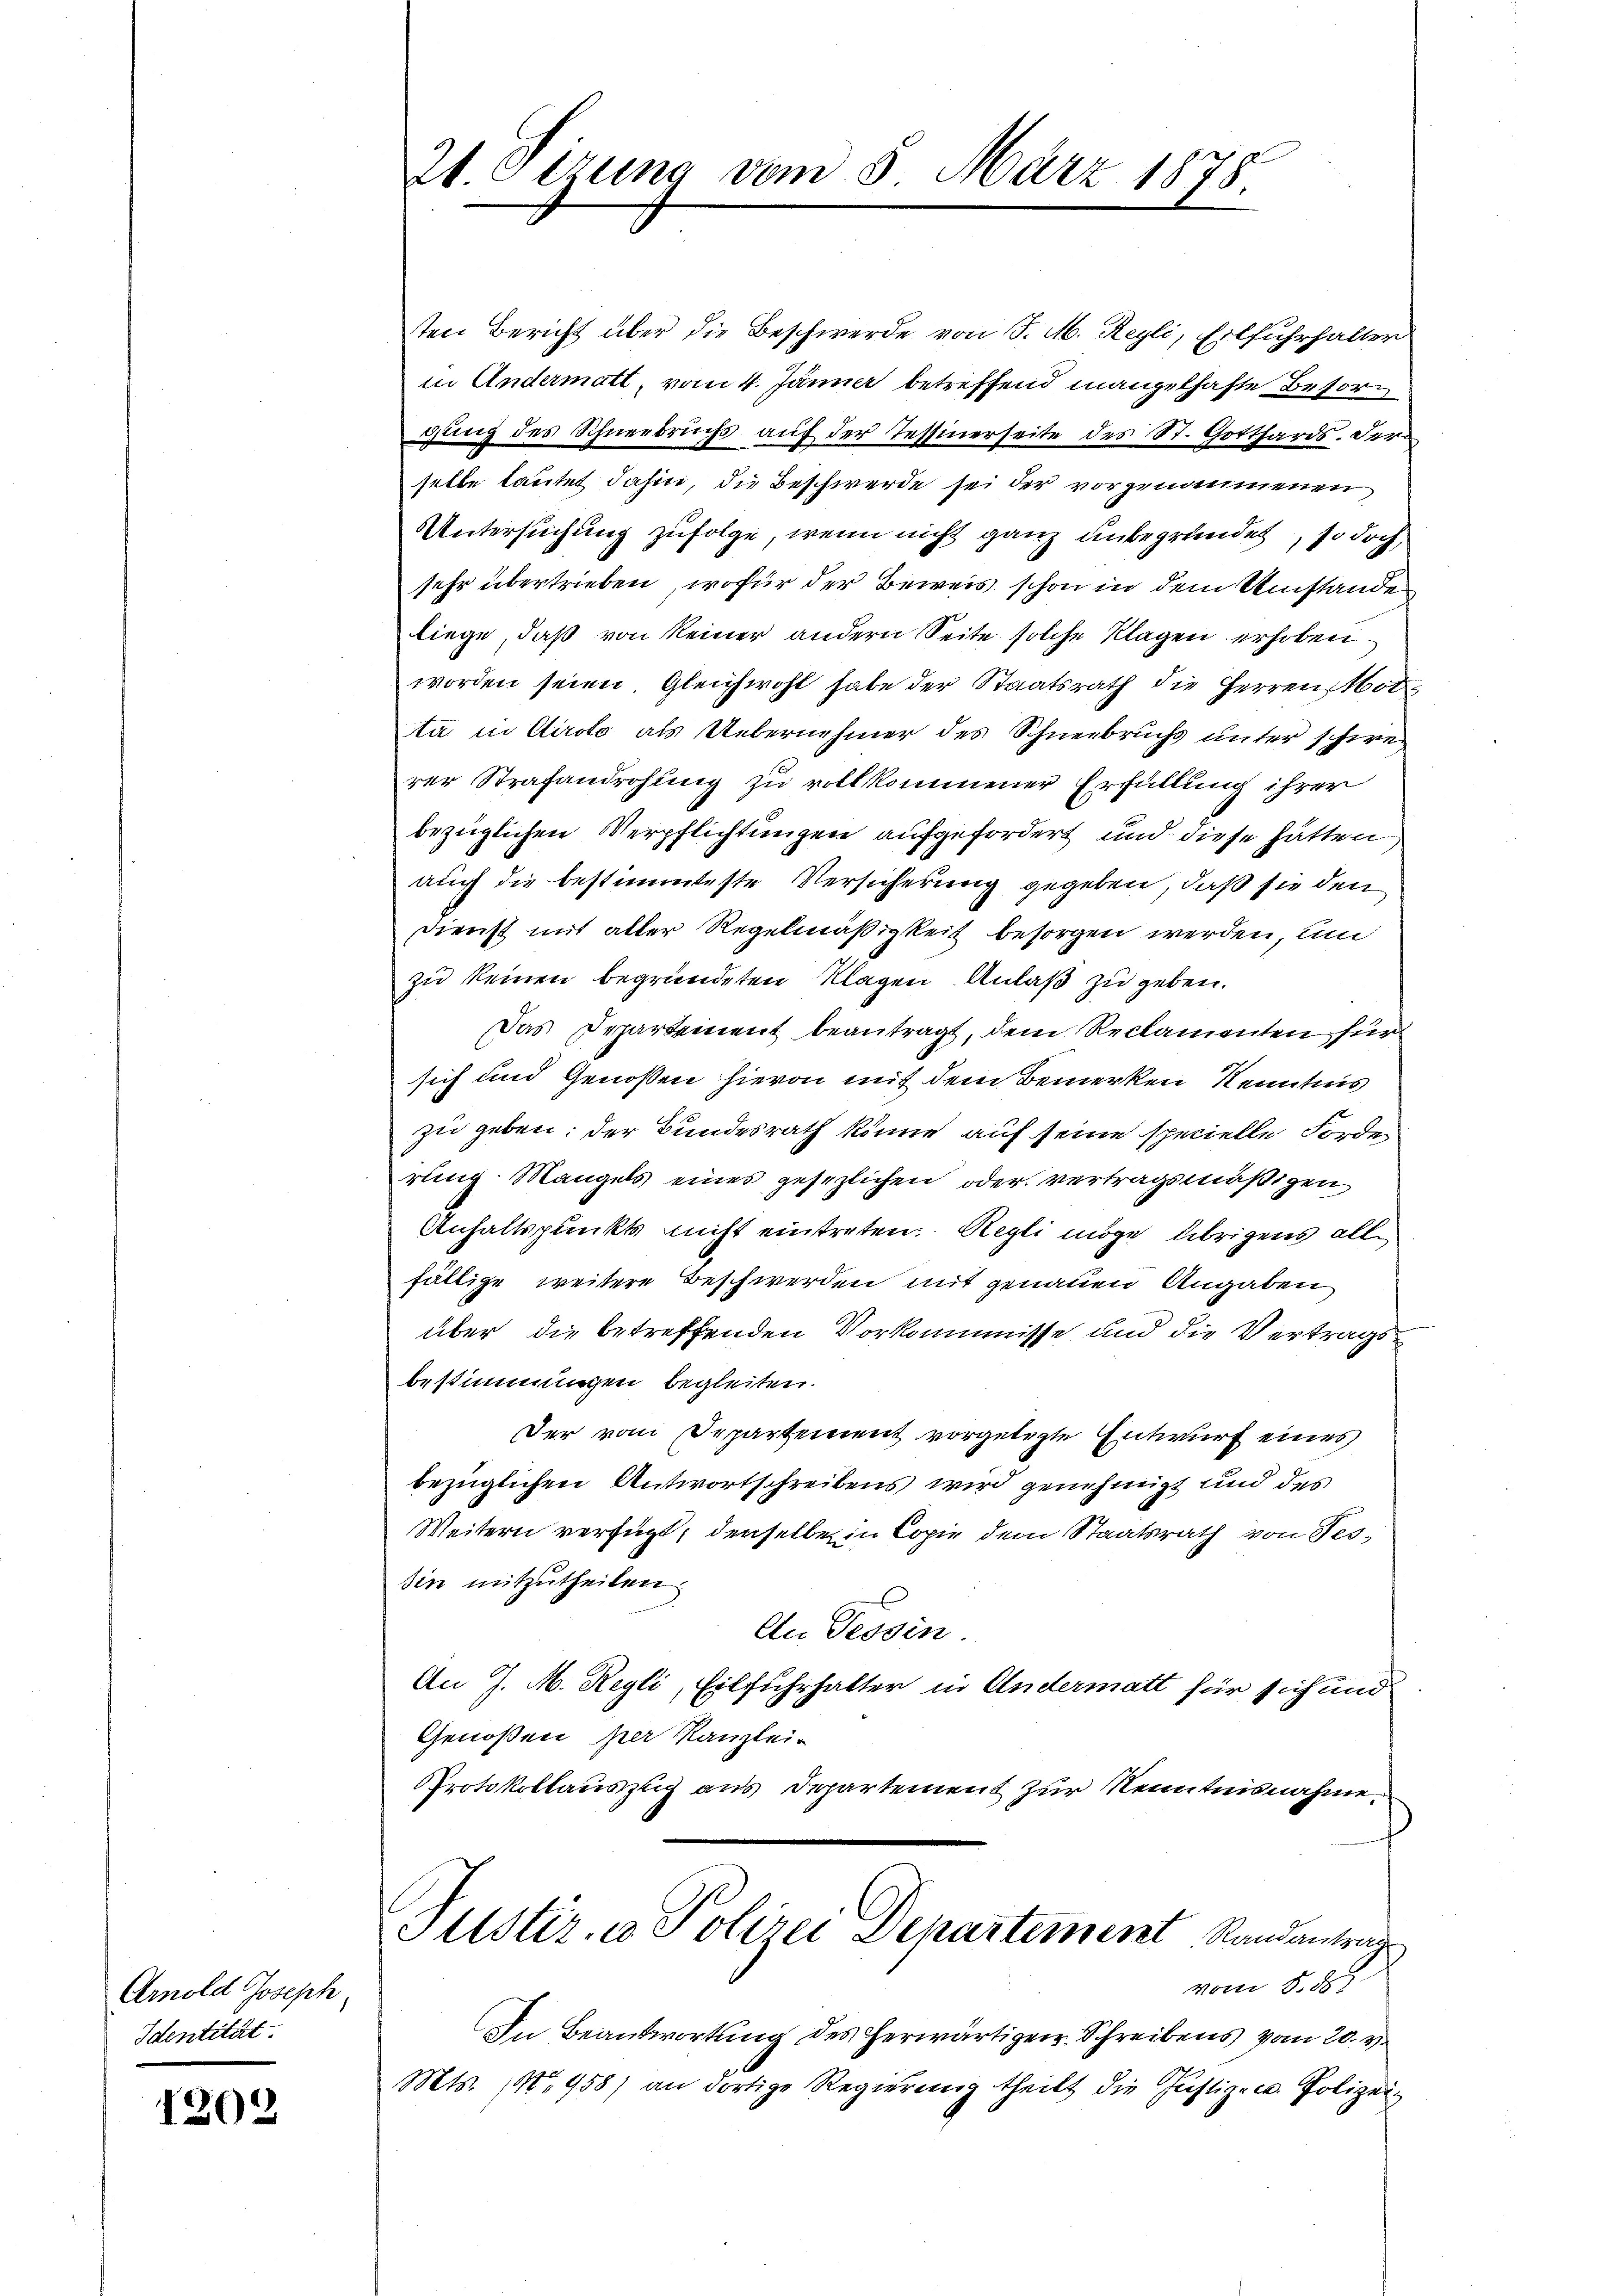
Arnold Joseph,
Identität.

1202

21. Etzung vom 8. März 1888

sten Bericht über die Beschwerde von J. M. Regli, Eilfuhrhalter
in Andermatt, vom 4. Jänner betreffend mangelhafte Besorgung des Schneebruchs auf der Tessinerseite des St. Gotthards. Der
selbe lautet dahin, die Beschwerde sei der vorgenommenen
Untersuchung zufolge, wenn nicht ganz unbegründet, so doch,
sehr übertrieben, wofür der Beweis, schon in dem Umstände
liege, daß von keiner andern Seite solche Klagen erhoben
worden seien. Gleichwohl habe der Staatsrath die Herren Not
ta in Airolo als Uebernehmer des Schneebruchs unter schwerer Strafandrohung zu vollkommener Erfüllung ihrer
bezüglichen Verpflichtungen aufgefordert und diese hätten
auch die bestimmteste Versicherung gegeben, daß sie den
Dienst mit aller Regelmäßigkeit besorgen werden, un
zu keinen begründeten Klagen Anlaß zu geben.
Das Departement beantragt, dem Reclamenten für
sich und Genossen hievon mit dem Bemerken Kenntnis
zu geben; der Bundesrath könne auf seine specielle Forde
rung. Mangels eines gesezlichen oder vertragsmäßigen
Anhaltspunkts nicht eintreten Regli möge übrigens allfällige weitere Beschwerden mit genauen Angaben
über die betreffenden Vorkommisse und die Vertrags
bestimmungen begleiten.
Der vom Departement vorgelegte Entwurf eines
bezüglichen Antwortschreibens wird genehmigt und des
Weitern verfügt, denselbe in Copie dem Staatsrath von Tes-
sin mitzutheilen.
An Tessin
An J. M. Regli, Eilfuhrhalter in Andermatt für sich und
Genoßen, per Kanzlei-
Protokollauszug aus Departement zur Kenntnisnahme.
Alster, u. Polizei Departement Randantrag
vom 8. 551.
In Beantwortung des herwärtigen Schreibens vom 20. v.
Mts. 1 958) an dortige Regierung theilt die Justiz- u. Polizei